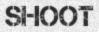
SHOOT